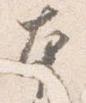
本